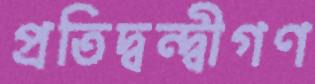
প্রতিদ্বন্দ্বীগণ